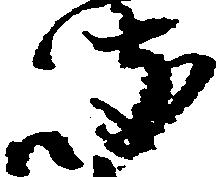
岐